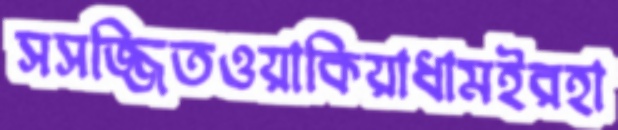
সসজ্জিতওয়াকিয়াধামইরহা